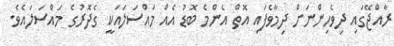
ރާއްޖޭގައި ދިވެހިންނަށް ދިމާވެފައި އޮތް އެންމެ ބޮޑު އެއް މައްސަލައަކީ ގެދޮރުގެ މައްސަލައެވެ.